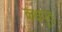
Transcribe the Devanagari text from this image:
कक्षपूत